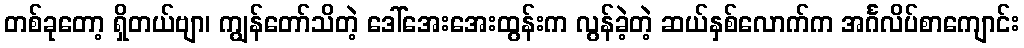
တစ်ခုတော့ ရှိတယ်ဗျာ၊ ကျွန်တော်သိတဲ့ ဒေါ်အေးအေးထွန်းက လွန်ခဲ့တဲ့ ဆယ်နှစ်လောက်က အင်္ဂလိပ်စာကျောင်း